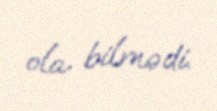
ola bilmədi.